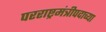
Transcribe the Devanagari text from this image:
परराष्ट्रमंत्रीपदाच्या